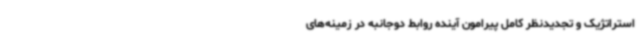
استراتژیک و تجدیدنظر کامل پیرامون آینده روابط دوجانبه در زمینه‌های